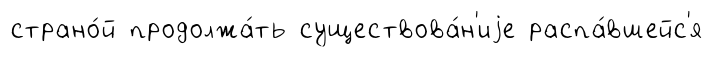
страно́й продолжа́ть существова́н'иjе распа́вшейс'я